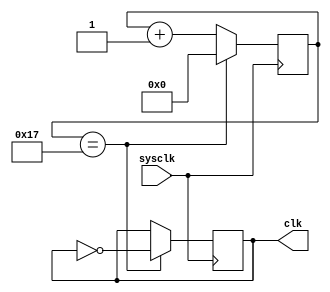
module Clkdiv(sysclk,clk);
input sysclk;
output reg clk;
reg [9:0] count;

initial 
begin
	clk <=0;
	count <=0;
end
/*
always @(*)
	clk<=sysclk;
*/


always @(posedge sysclk)
begin


	if(count==10'b0000010111)
	begin
		count<=0;
		clk<=~clk;
	end
	else
	begin
		count<=count+1;
	end
end

endmodule